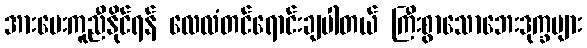
အားပေးကူညီနိုင်ရန် လေလံတင်ရောင်းချပါတယ် ကြီးစွာသောဘေးဒုက္ခများ